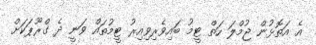
އެ އަތޮޅުން ޖުމްލަ ހަތް ޓީމު ބައިވެރިވިއިރު ޓީމުތައް ވަނީ ދެ ގްރޫޕަކަށް